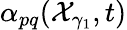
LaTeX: \alpha_{pq}(\mathcal{X}_{\gamma_{1}},t)